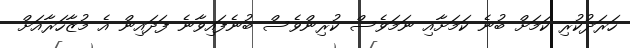
ހަރަދުކުރި ކަމަށް ބުނެ ކަމަށާއި ނަމަވެސް ކުރިންވެސް ބުނެފައިވާނެ ފަދައިން އެ މުޒާހަރާއަށް